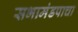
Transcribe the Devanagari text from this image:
सभामंडपाचा